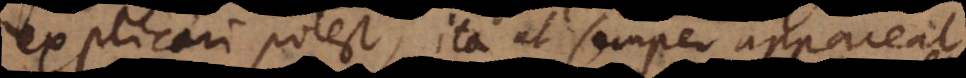
explicari potest, ita ut semper appareat